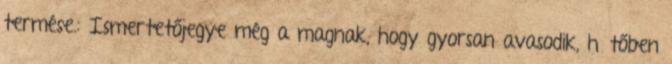
termése.: Ismertetőjegye még a magnak, hogy gyorsan avasodik, hűtőben